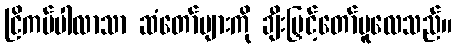
ငြိကပ်ပါလာသာ ဆံတော်များကို ချီးမြှင့်တော်မူလေသည်။